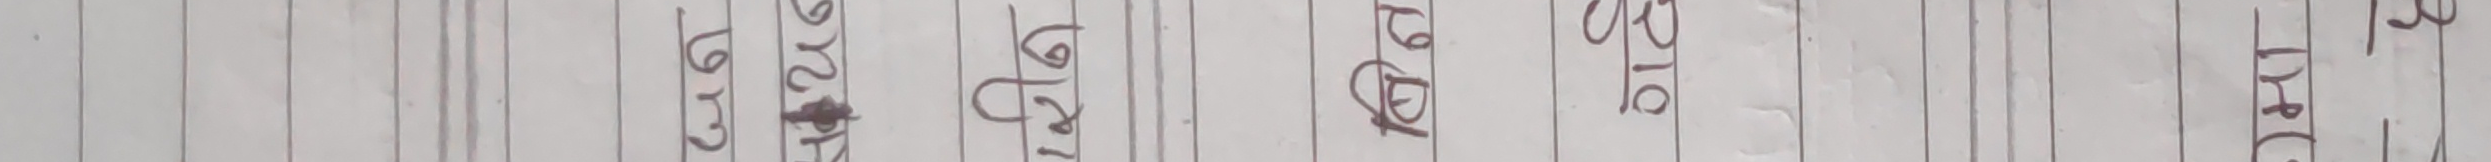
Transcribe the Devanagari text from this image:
DRC २
PIC २
कि
पिप
टिका
मग